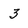
Character: 3